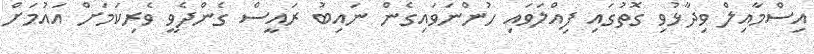
އިސްމާއިލް ވިދާޅުވި ގޮތުގައި ފިއްލަވައި ހުންނަވައިގެން ނައިބު ރައީސް ގެންދެވީ ވެރިކަމަށް އައުމަށް